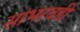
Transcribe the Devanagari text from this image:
सांभरवडी